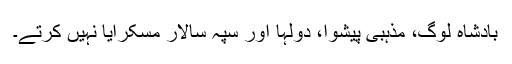
بادشاہ لوگ، مذہبی پیشوا، دولہا اور سپہ سالار مسکرایا نہیں کرتے۔